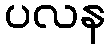
ပလန